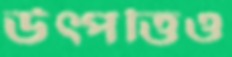
উত্পত্তিও